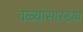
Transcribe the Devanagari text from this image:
वळ्यांसारख्या